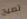
تصيح